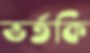
ভর্তকি